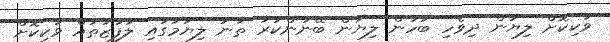
ވަކިކޮށް ލިޔުން ދިވެހި ބަހުން ލިޔަން ބޭނުންކުރާ ތާނަ ލިޔުމުގައި ލަފުޒުތައް ވަކިކޮށް